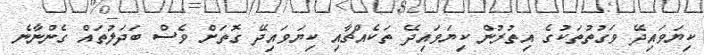
ކިޔަވައިދޭ ވަގުތުތަކުގެ އިތުރުން ކިޔަވައިދޭ ތަކެއްޗާއި ކިޔަވައިދޭ ގޮތަށް ވެސް ބަދަލުތައް ގެންނާނެ